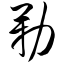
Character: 勒